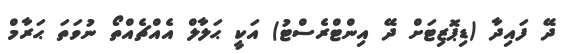
ދޭ ފައިދާ (ޑިޕޮޒިޓަށް ދޭ އިންޓްރެސްޓު) އަކީ ޙަލާލް އެއްޗެއްތޯ ނުވަތަ ޙަރާމް